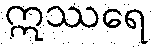
ဣဿရေ